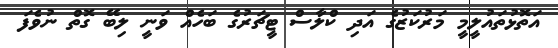
އަތޮޅުތައުލީމީ މަރުކަޒުގެ އަދި ކްލާސް ޓީޗަރުގެ ބަހެއް ވަނީ ލިބޭ ގޮތް ނުވެފަ